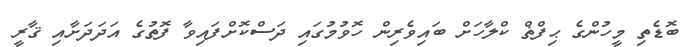
ބޮޑެތި މީހުންގެ ޙިފްޡް ކްލާހަށް ބައިވެރިން ހޮވުމުގައި ދަސްކޮށްފައިވާ ފޮތުގެ އަދަދަށާއި ޤާރީ